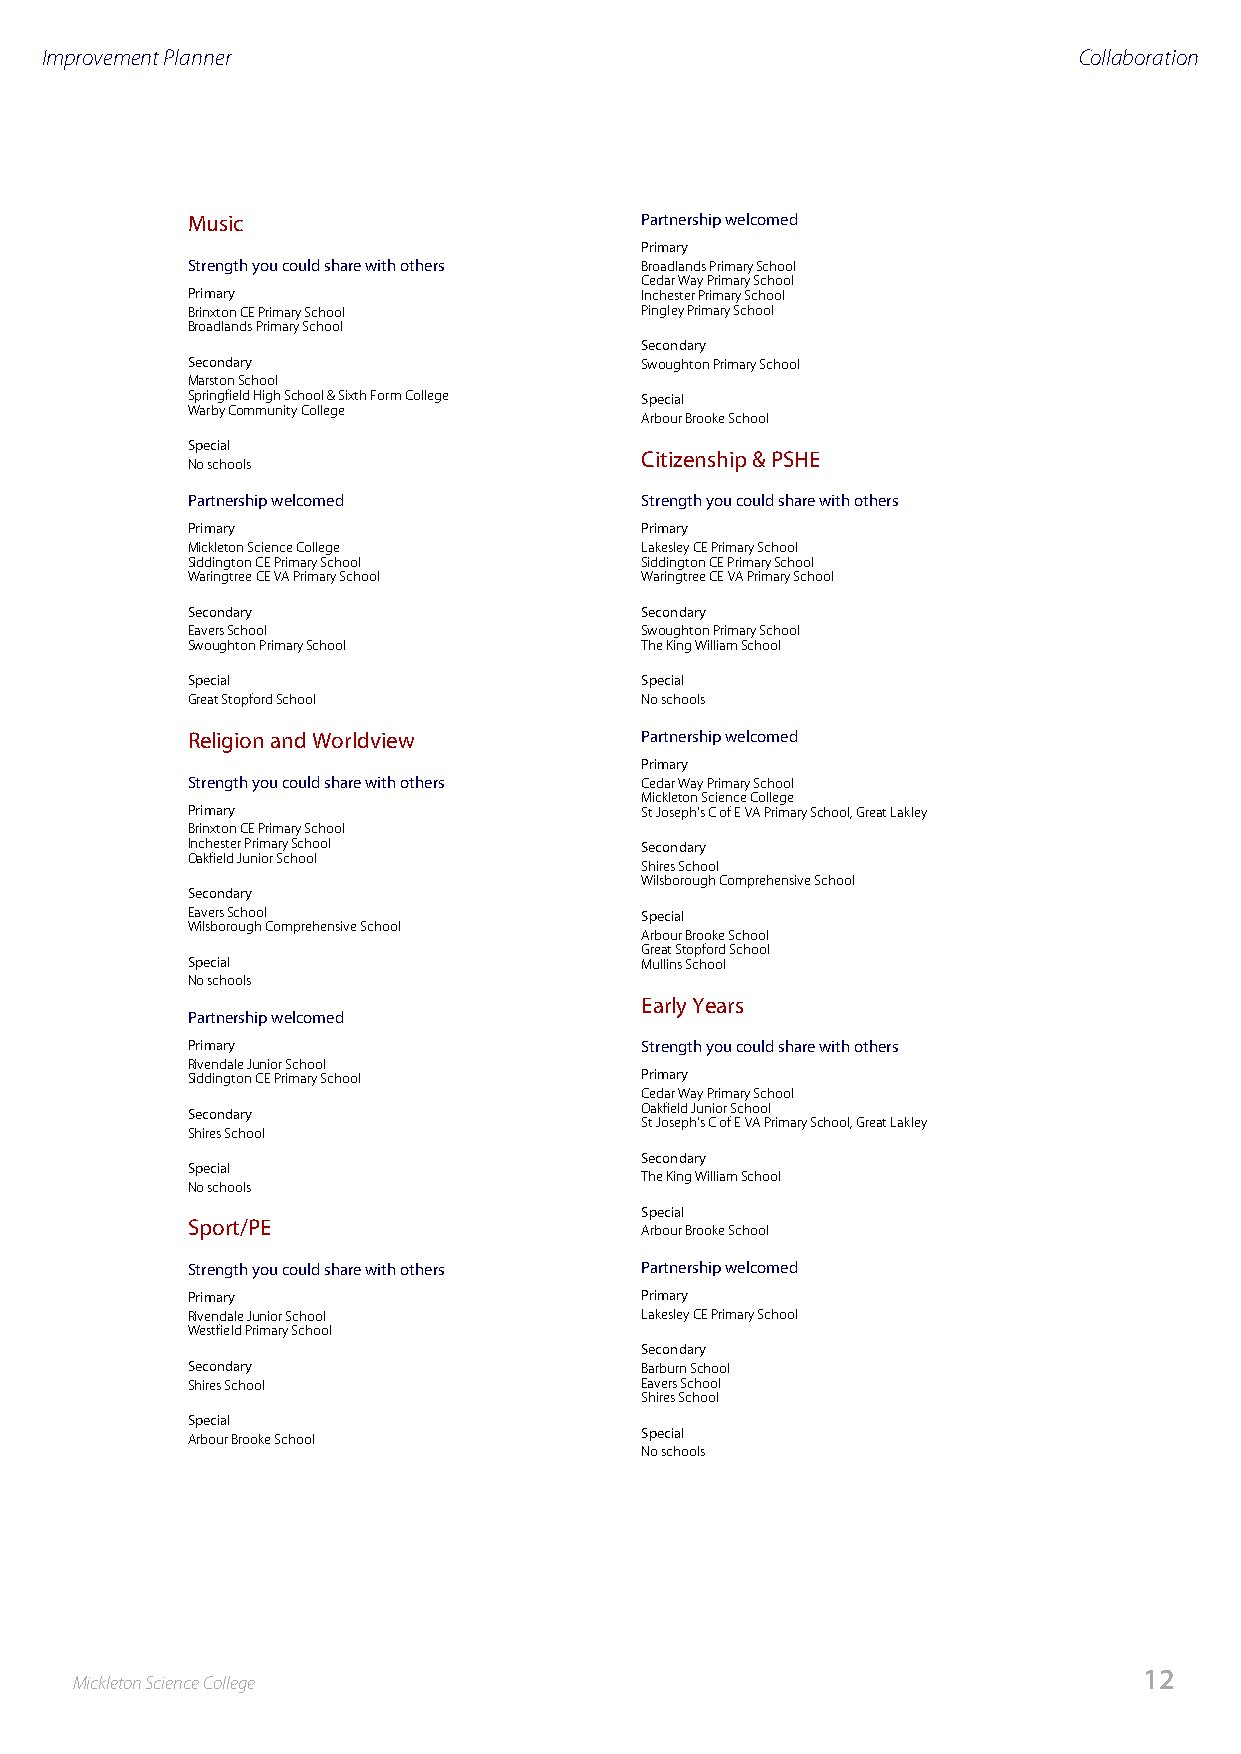
Improvement Planner                                                 Collaboration
 Music                         Partnership welcomed
 Primary
 Strength you could share with others Broadlands Primary School
 Cedar Way Primary School
 Primary                       Inchester Primary School
 Brinxton CE Primary School    Pingley Primary School
 Broadlands Primary School
 Secondary
 Secondary                     Swoughton Primary School
 Marston School
 Springfield High School & Sixth Form College Special
 Warby Community College
 Arbour Brooke School
 Special
 Citizenship & PSHE
 No schools
 Partnership welcomed          Strength you could share with others
 Primary                       Primary
 Mickleton Science College     Lakesley CE Primary School
 Siddington CE Primary School  Siddington CE Primary School
 Waringtree CE VA Primary School Waringtree CE VA Primary School
 Secondary                     Secondary
 Eavers School                 Swoughton Primary School
 Swoughton Primary School      The King William School
 Special                       Special
 Great Stopford School         No schools
 Religion and Worldview        Partnership welcomed
 Primary
 Strength you could share with others Cedar Way Primary School
 Mickleton Science College
 Primary                       St Joseph's C of E VA Primary School, Great Lakley
 Brinxton CE Primary School
 Inchester Primary School      Secondary
 Oakfield Junior School
 Shires School
 Wilsborough Comprehensive School
 Secondary
 Eavers School                 Special
 Wilsborough Comprehensive School
 Arbour Brooke School
 Great Stopford School
 Special                       Mullins School
 No schools
 Early Years
 Partnership welcomed
 Primary                       Strength you could share with others
 Rivendale Junior School
 Siddington CE Primary School  Primary
 Cedar Way Primary School
 Secondary                     Oakfield Junior School
 St Joseph's C of E VA Primary School, Great Lakley
 Shires School
 Secondary
 Special
 The King William School
 No schools
 Special
 Sport/PE
 Arbour Brooke School
 Strength you could share with others Partnership welcomed
 Primary                       Primary
 Rivendale Junior School       Lakesley CE Primary School
 Westfield Primary School
 Secondary
 Secondary                     Barburn School
 Shires School                 Eavers School
 Shires School
 Special
 Arbour Brooke School          Special
 No schools
 12
 Mickleton Science College